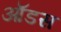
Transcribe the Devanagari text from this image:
ऑडस